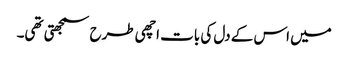
میں اس کے دل کی بات اچھی طرح سمجھتی تھی۔